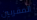
المقربين